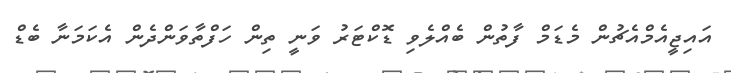
އައިޖީއެމްއެޗުން މެޑަމް ފާތުން ބެއްލެވި ޑޮކްޓަރު ވަނީ ތިން ހަފްތާވަންދެން އެކަމަނާ ބެޑް